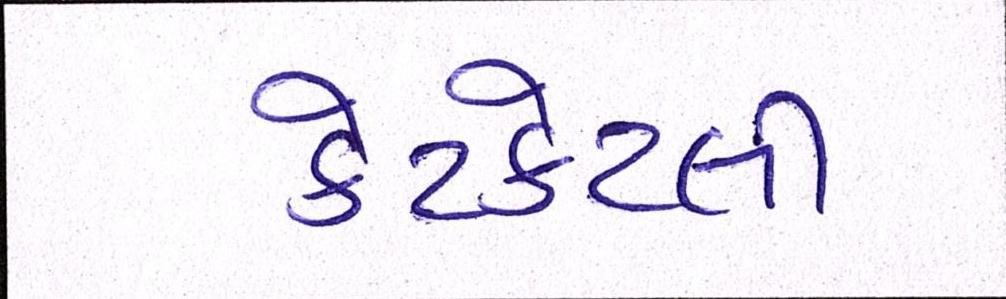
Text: કેટકેટલી